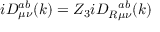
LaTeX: i D _ { \mu \nu } ^ { a b } ( k ) = Z _ { 3 } i D _ { R \mu \nu } ^ { ~ ~ a b } ( k )